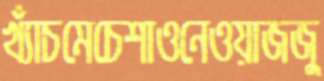
খ্যাঁচমেচেশাওনেওয়াজজু